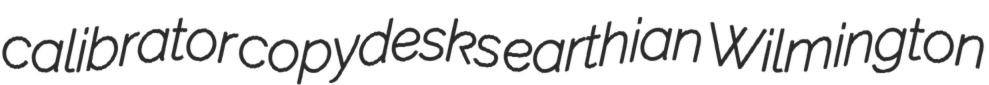
calibrator copydesks earthian Wilmington